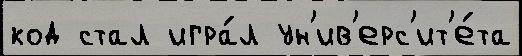
код стал игра́л ун'ив'ерс'ит'е́та